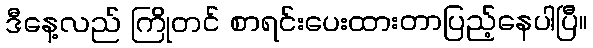
ဒီနေ့လည် ကြိုတင် စာရင်းပေးထားတာပြည့်နေပါပြီ။